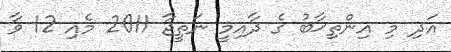
އަދި މި އިންތިޚާބު ގެ ދާއިމީ ނަތީޖާ 2011 މެއި 12 ވާ